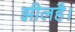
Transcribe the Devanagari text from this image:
झीलहै।